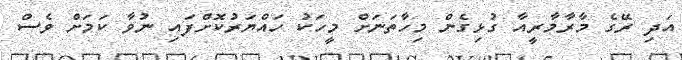
އަދި ރޭގެ މާރާމާރީއާ ގުޅިގެން މިހާތަނަށް މީހަކު ހައްޔަރުކޮށްފައި ނުވާ ކަމަށް ވެސް